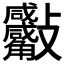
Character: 𣁀